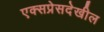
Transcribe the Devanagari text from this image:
एक्सप्रेसदेखील